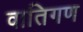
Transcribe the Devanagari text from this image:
वातिगण